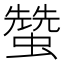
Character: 𧑯